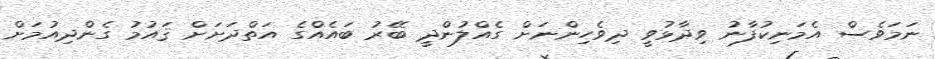
ނަމަވެސް އެމަނިކުފާނު ވިދާޅުވީ ދިވެހިންނަށް ގެއްލުންދީ ބޭރު ބައެއްގެ އަތްދަށަށް ޤައުމު ގެންދިއުމަށް